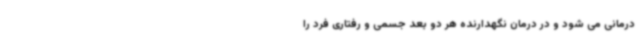
درمانی می شود و در درمان نگهدارنده هر دو بعد جسمی و رفتاری فرد را